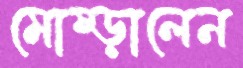
মোষ্‌ড়ালেন